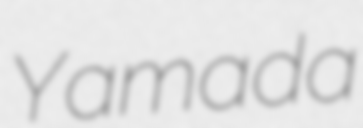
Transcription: Yamada